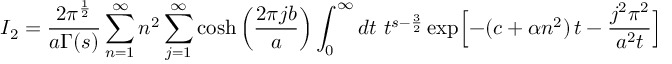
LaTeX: I _ { 2 } = { \frac { 2 \pi ^ { \frac { 1 } { 2 } } } { a \Gamma ( s ) } } \sum _ { n = 1 } ^ { \infty } n ^ { 2 } \sum _ { j = 1 } ^ { \infty } \cosh \left( { \frac { 2 \pi j b } { a } } \right) \int _ { 0 } ^ { \infty } d t \ t ^ { s - { \frac { 3 } { 2 } } } \exp \Bigl [ - ( c + \alpha n ^ { 2 } ) \, t - \frac { j ^ { 2 } \pi ^ { 2 } } { a ^ { 2 } t } \Bigr ]